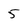
Character: 5